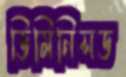
ডিমিনিসড